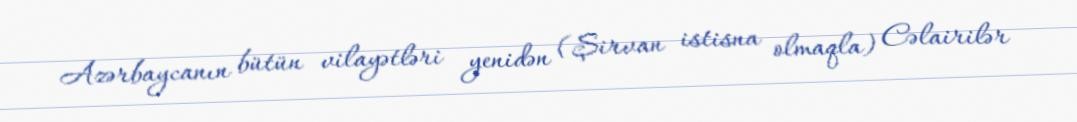
Azərbaycanın bütün vilayətləri yenidən (Şirvan istisna olmaqla) Cəlairilər